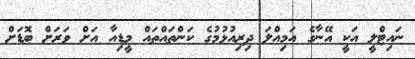
ނައިޓްލީ އަކީ އޭނާގެ އަމިއްލަ ދިރިއުޅުމުގެ ކަންތައްތައް މީޑިއާ އަށް ވަރަށް ބޮޑަށް